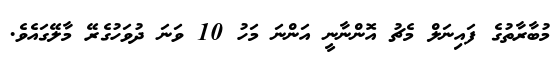
މުބާރާތުގެ ފައިނަލް މެޗު އޮންނާނީ އަންނަ މަހު 10 ވަނަ ދުވަހުގެރޭ މާލޭގައެވެ.